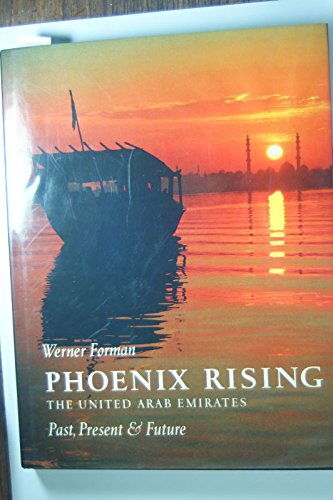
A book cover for Phoenix Rising: The United Arab Emirates Past, Present & Future; Werner Forman; History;